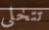
تتخلي